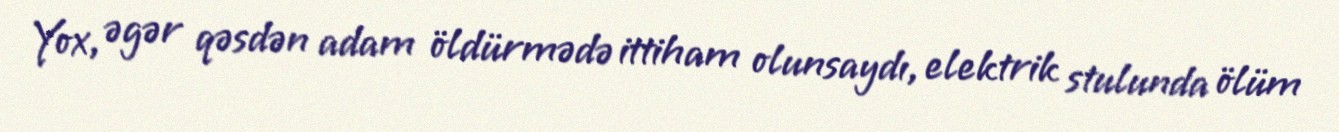
Yox, əgər qəsdən adam öldürmədə ittiham olunsaydı, elektrik stulunda ölüm